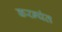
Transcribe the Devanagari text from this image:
करन्यंत